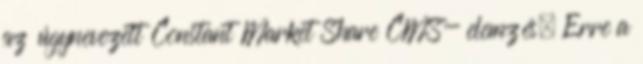
az úgynevezett Constant Market Share CMS- elemzés. Erre a